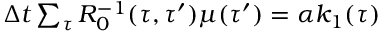
\begin{array} { r } { \Delta t \sum _ { \tau } R _ { 0 } ^ { - 1 } ( \tau , \tau ^ { \prime } ) \mu ( \tau ^ { \prime } ) = \alpha k _ { 1 } ( \tau ) } \end{array}